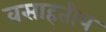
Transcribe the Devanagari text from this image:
वसाहतीय